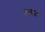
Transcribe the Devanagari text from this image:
तत्पदं